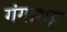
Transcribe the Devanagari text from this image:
गंगाभट्ट